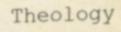
Theology